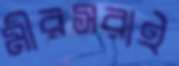
মীরসরাই